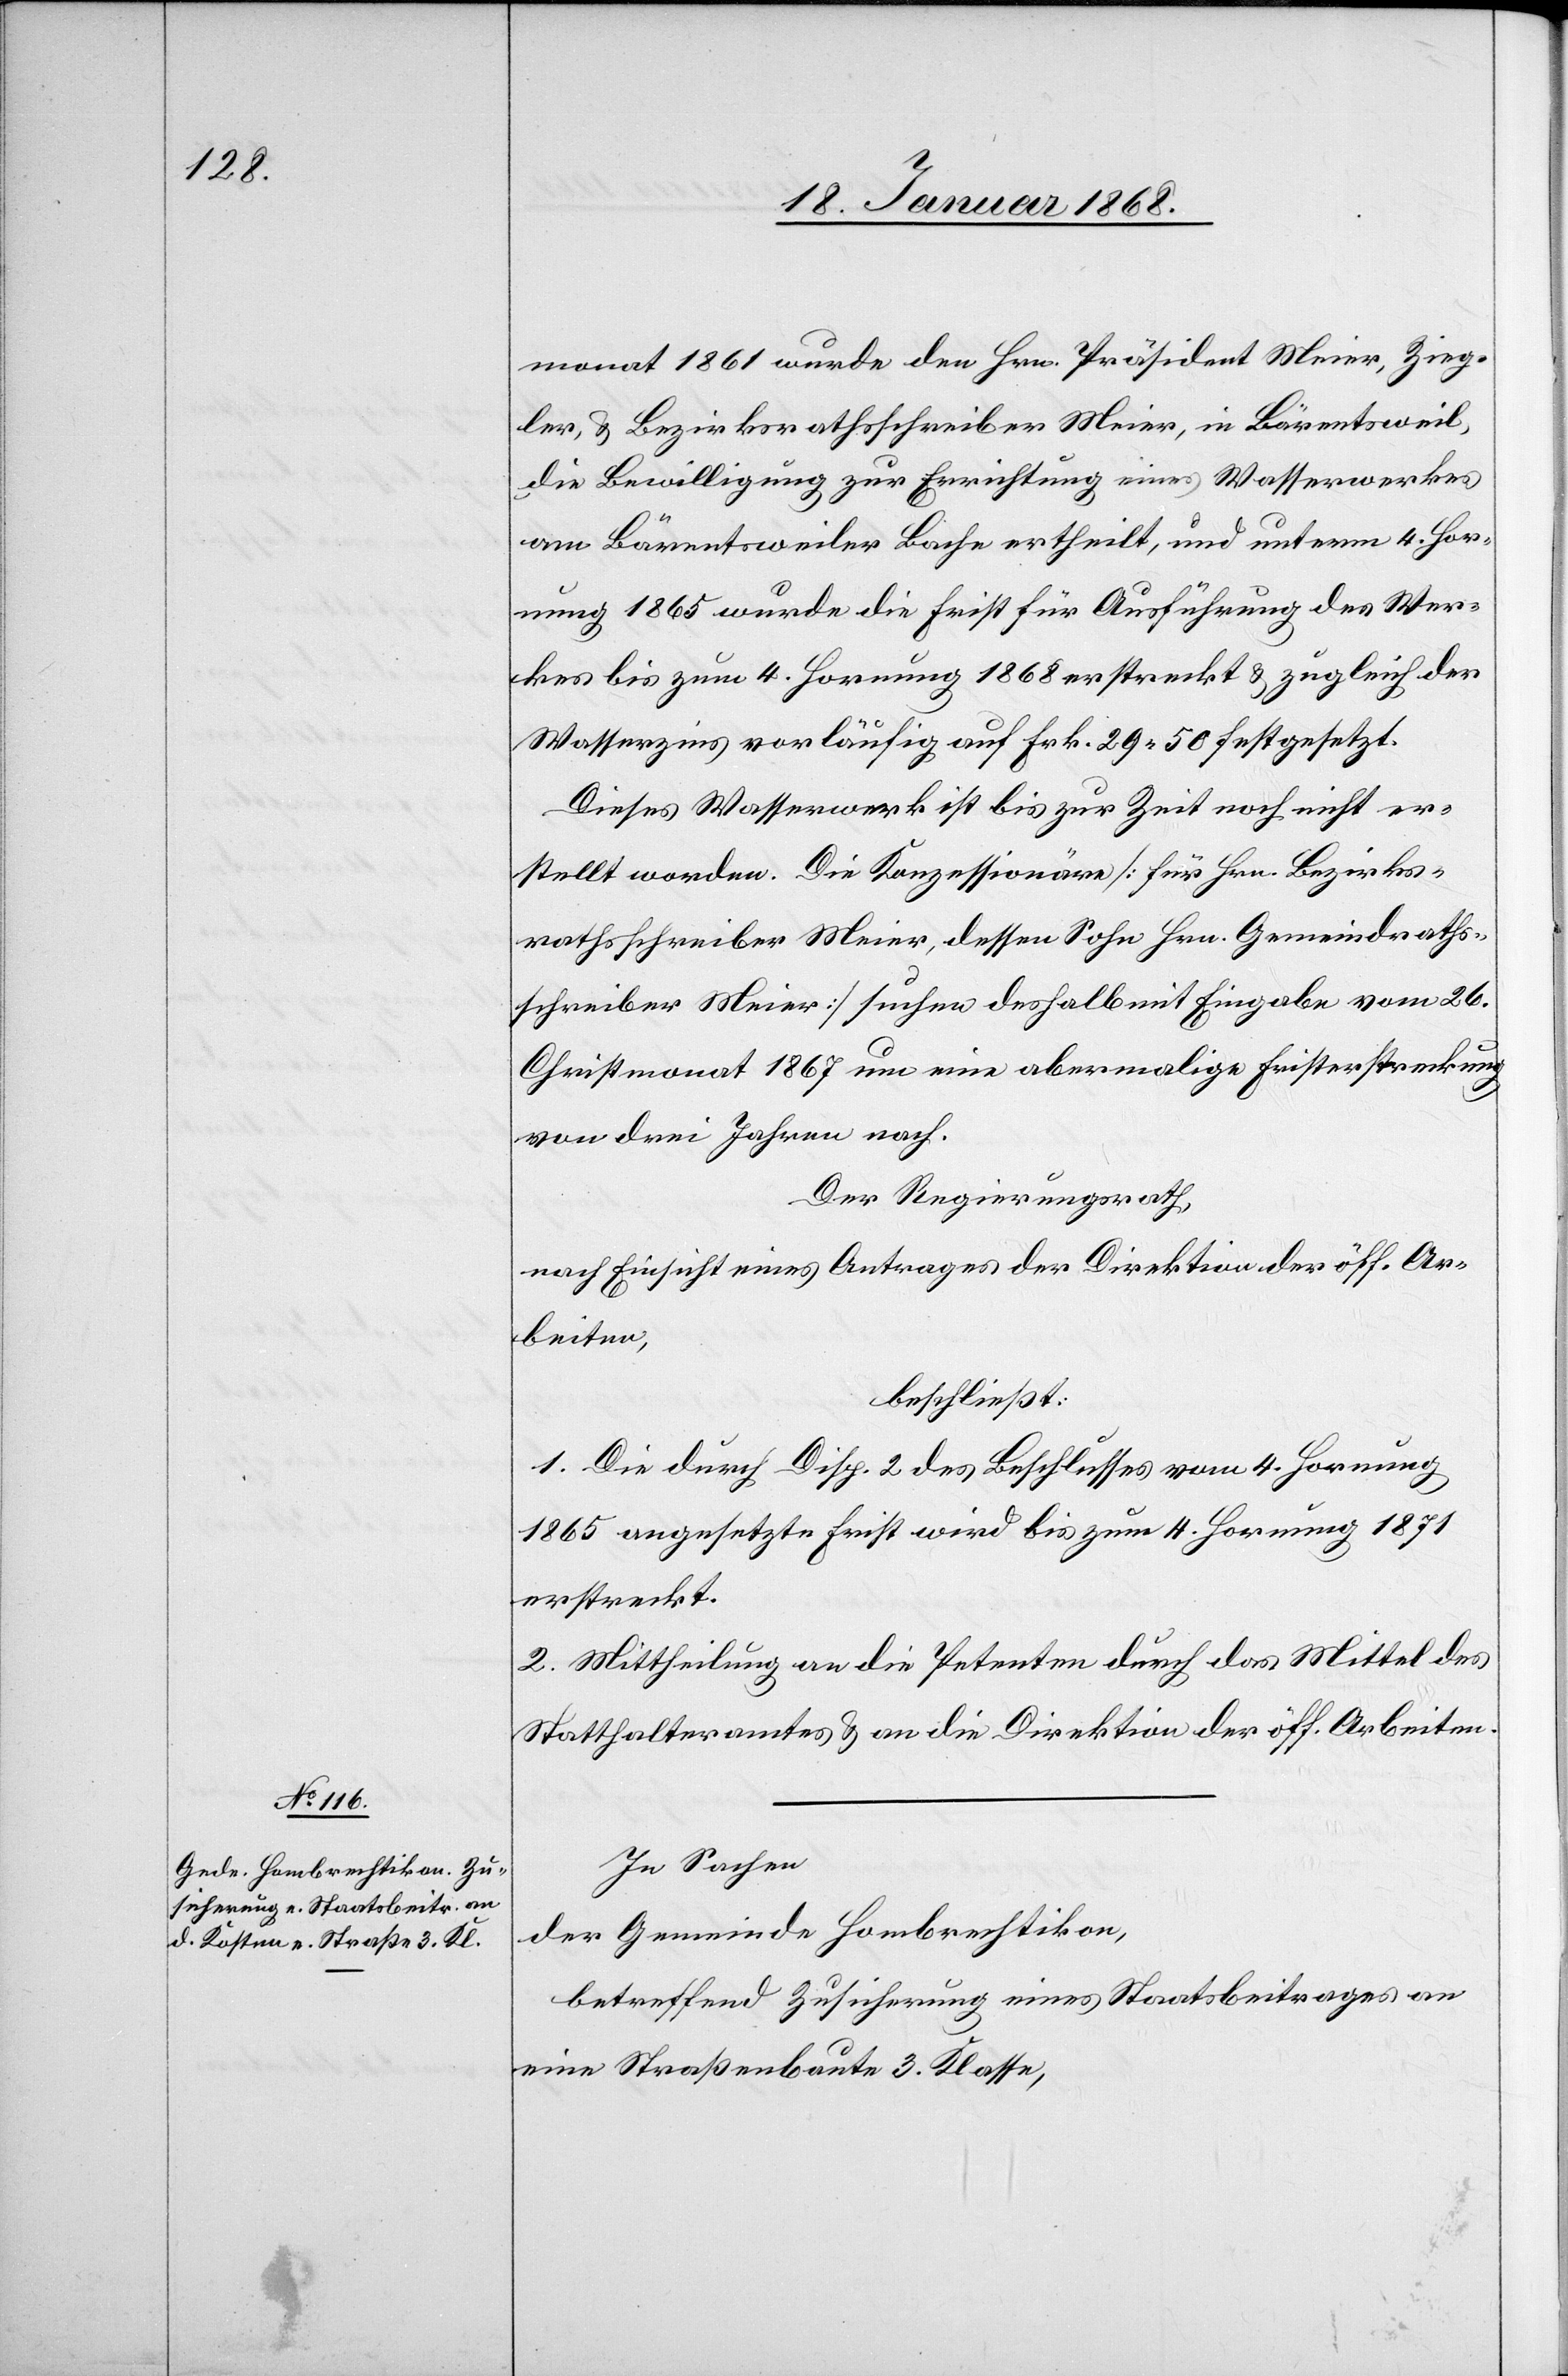
monat 1861 wurde den Hrn. Präsident Meier, Zieg¬
ler, & Bezirksrathsschreiber Meier, in Bärentsweil,
die Bewilligung zur Errichtung eines Wasserwerkes
am Bärentsweiler Bache ertheilt, und unterm 4. Hor¬
nung 1865 wurde die Frist für Ausführung des Wer¬
kes bis zum 4. Hornung 1868 erstreckt & zugleich der
Wasserzins vorläufig auf Frk. 29 50 festgesetzt.
Dieses Wasserwerk ist bis zur Zeit noch nicht er¬
stellt worden. Die Konzessionäre [für Hrn. Bezirks¬
rathsschreiber Meier, dessen Sohn Hrn. Gemeindraths¬
schreiber Meier] suchen deshalb mit Eingabe vom 26.
Christmonat 1867 um eine abermalige Fristerstreckung
von drei Jahren nach.
Der Regierungsrath,
nach Einsicht eines Antrages der Direktion der öff. Ar¬
beiten,
beschließt:
1. Die durch Disp. 2 des Beschlusses vom 4. Hornung
1865 angesetzte Frist wird bis zum 4. Hornung 1871
erstreckt.
2. Mittheilung an die Petenten durch das Mittel des
Statthalteramtes & an die Direktion der öff. Arbeiten.
In Sachen
der Gemeinde Hombrechtikon,
betreffend Zusicherung eines Staatsbeitrages an
eine Straßenbaute 3. Klasse,